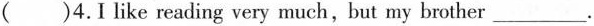
（）4.Ilike reading very much,but my brother ___.